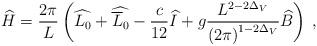
\begin{align*}\widehat{H}=\frac{2\pi }{L}\left( \widehat{L_{0}}+\widehat{\overline{L}_{0}}-\frac{c}{12}\widehat{I}+g\frac{L^{2-2\Delta _{V}}}{\left( 2\pi \right) ^{1-2\Delta _{V}}}\widehat{B}\right) \: ,\end{align*}